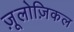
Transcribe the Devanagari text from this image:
ज़ूलोज़िकल